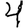
Digit: 4